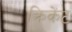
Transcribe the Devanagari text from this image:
क्रिकेंट